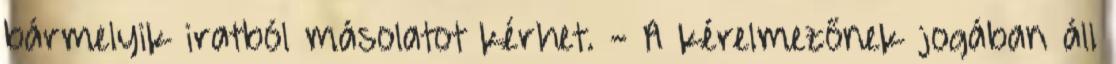
bármelyik iratból másolatot kérhet. - A kérelmezőnek jogában áll